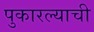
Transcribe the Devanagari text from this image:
पुकारल्याची